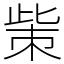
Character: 㭰